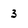
Character: 3